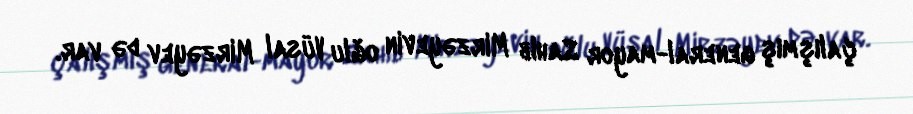
çalışmış general-mayor Sahib Mirzəyevin oğlu Vüsal Mirzəyev də var.